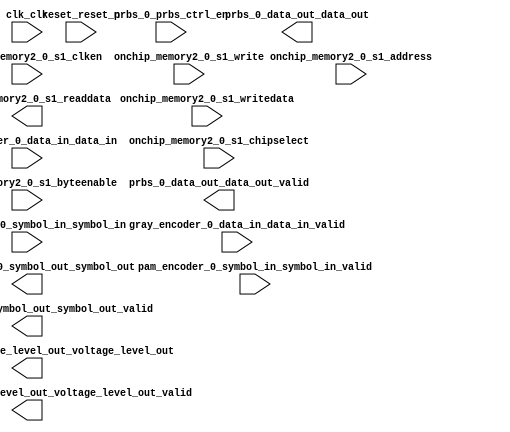

module TX (
	clk_clk,
	gray_encoder_0_data_in_data_in,
	gray_encoder_0_data_in_data_in_valid,
	gray_encoder_0_symbol_out_symbol_out,
	gray_encoder_0_symbol_out_symbol_out_valid,
	onchip_memory2_0_s1_address,
	onchip_memory2_0_s1_clken,
	onchip_memory2_0_s1_chipselect,
	onchip_memory2_0_s1_write,
	onchip_memory2_0_s1_readdata,
	onchip_memory2_0_s1_writedata,
	onchip_memory2_0_s1_byteenable,
	pam_encoder_0_symbol_in_symbol_in,
	pam_encoder_0_symbol_in_symbol_in_valid,
	pam_encoder_0_voltage_level_out_voltage_level_out,
	pam_encoder_0_voltage_level_out_voltage_level_out_valid,
	prbs_0_data_out_data_out,
	prbs_0_data_out_data_out_valid,
	prbs_0_prbs_ctrl_en,
	reset_reset_n);	

	input		clk_clk;
	input		gray_encoder_0_data_in_data_in;
	input		gray_encoder_0_data_in_data_in_valid;
	output	[1:0]	gray_encoder_0_symbol_out_symbol_out;
	output		gray_encoder_0_symbol_out_symbol_out_valid;
	input	[9:0]	onchip_memory2_0_s1_address;
	input		onchip_memory2_0_s1_clken;
	input		onchip_memory2_0_s1_chipselect;
	input		onchip_memory2_0_s1_write;
	output	[31:0]	onchip_memory2_0_s1_readdata;
	input	[31:0]	onchip_memory2_0_s1_writedata;
	input	[3:0]	onchip_memory2_0_s1_byteenable;
	input	[1:0]	pam_encoder_0_symbol_in_symbol_in;
	input		pam_encoder_0_symbol_in_symbol_in_valid;
	output	[7:0]	pam_encoder_0_voltage_level_out_voltage_level_out;
	output		pam_encoder_0_voltage_level_out_voltage_level_out_valid;
	output		prbs_0_data_out_data_out;
	output		prbs_0_data_out_data_out_valid;
	input		prbs_0_prbs_ctrl_en;
	input		reset_reset_n;
endmodule